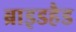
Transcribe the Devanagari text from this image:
ब्राइडहैड